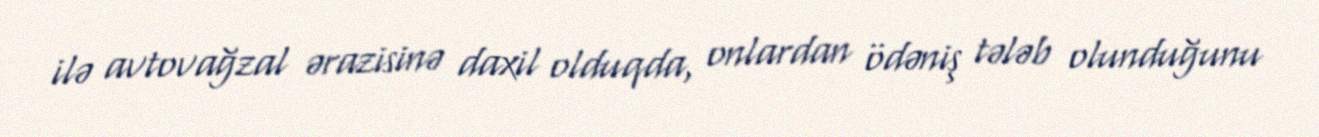
ilə avtovağzal ərazisinə daxil olduqda, onlardan ödəniş tələb olunduğunu